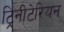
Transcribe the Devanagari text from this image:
ट्रिनीटेरियन